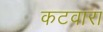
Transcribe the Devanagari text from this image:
कटवारा